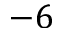
- 6